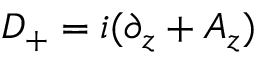
D _ { + } = i ( \partial _ { z } + A _ { z } )